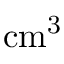
\mathrm { c m ^ { 3 } }